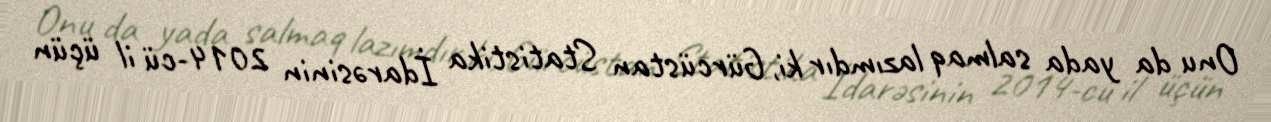
Onu da yada salmaq lazımdır ki, Gürcüstan Statistika İdarəsinin 2014-cü il üçün